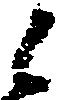
と